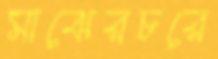
মাঝেরচরে